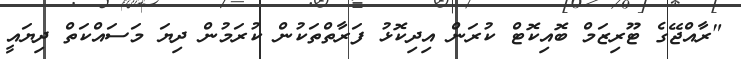
"ރާއްޖޭގެ ޓޫރިޒަމް ބޮއިކޮޓް ކުރަން އިދިކޮޅު ފަރާތްތަކުން ކުރަމުން ދިޔަ މަސައްކަތް ދިޔައީ